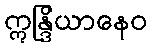
ဣန္ဒြိယာနေဝ